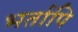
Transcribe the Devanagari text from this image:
भर्तापि